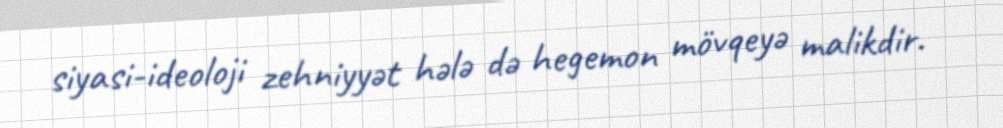
siyasi-ideoloji zehniyyət hələ də hegemon mövqeyə malikdir.